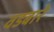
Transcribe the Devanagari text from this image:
वडबारे